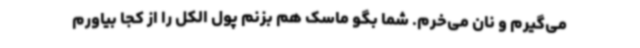
می‌گیرم و نان می‌خرم. شما بگو ماسک هم بزنم پول الکل را از کجا بیاورم